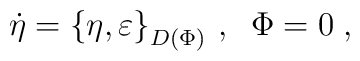
\dot{\eta}=\left\{ \eta ,\varepsilon \right\} _{D(\Phi )}\,,\;\;\Phi =0\;,